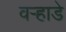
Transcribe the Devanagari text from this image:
वऱ्हाडे